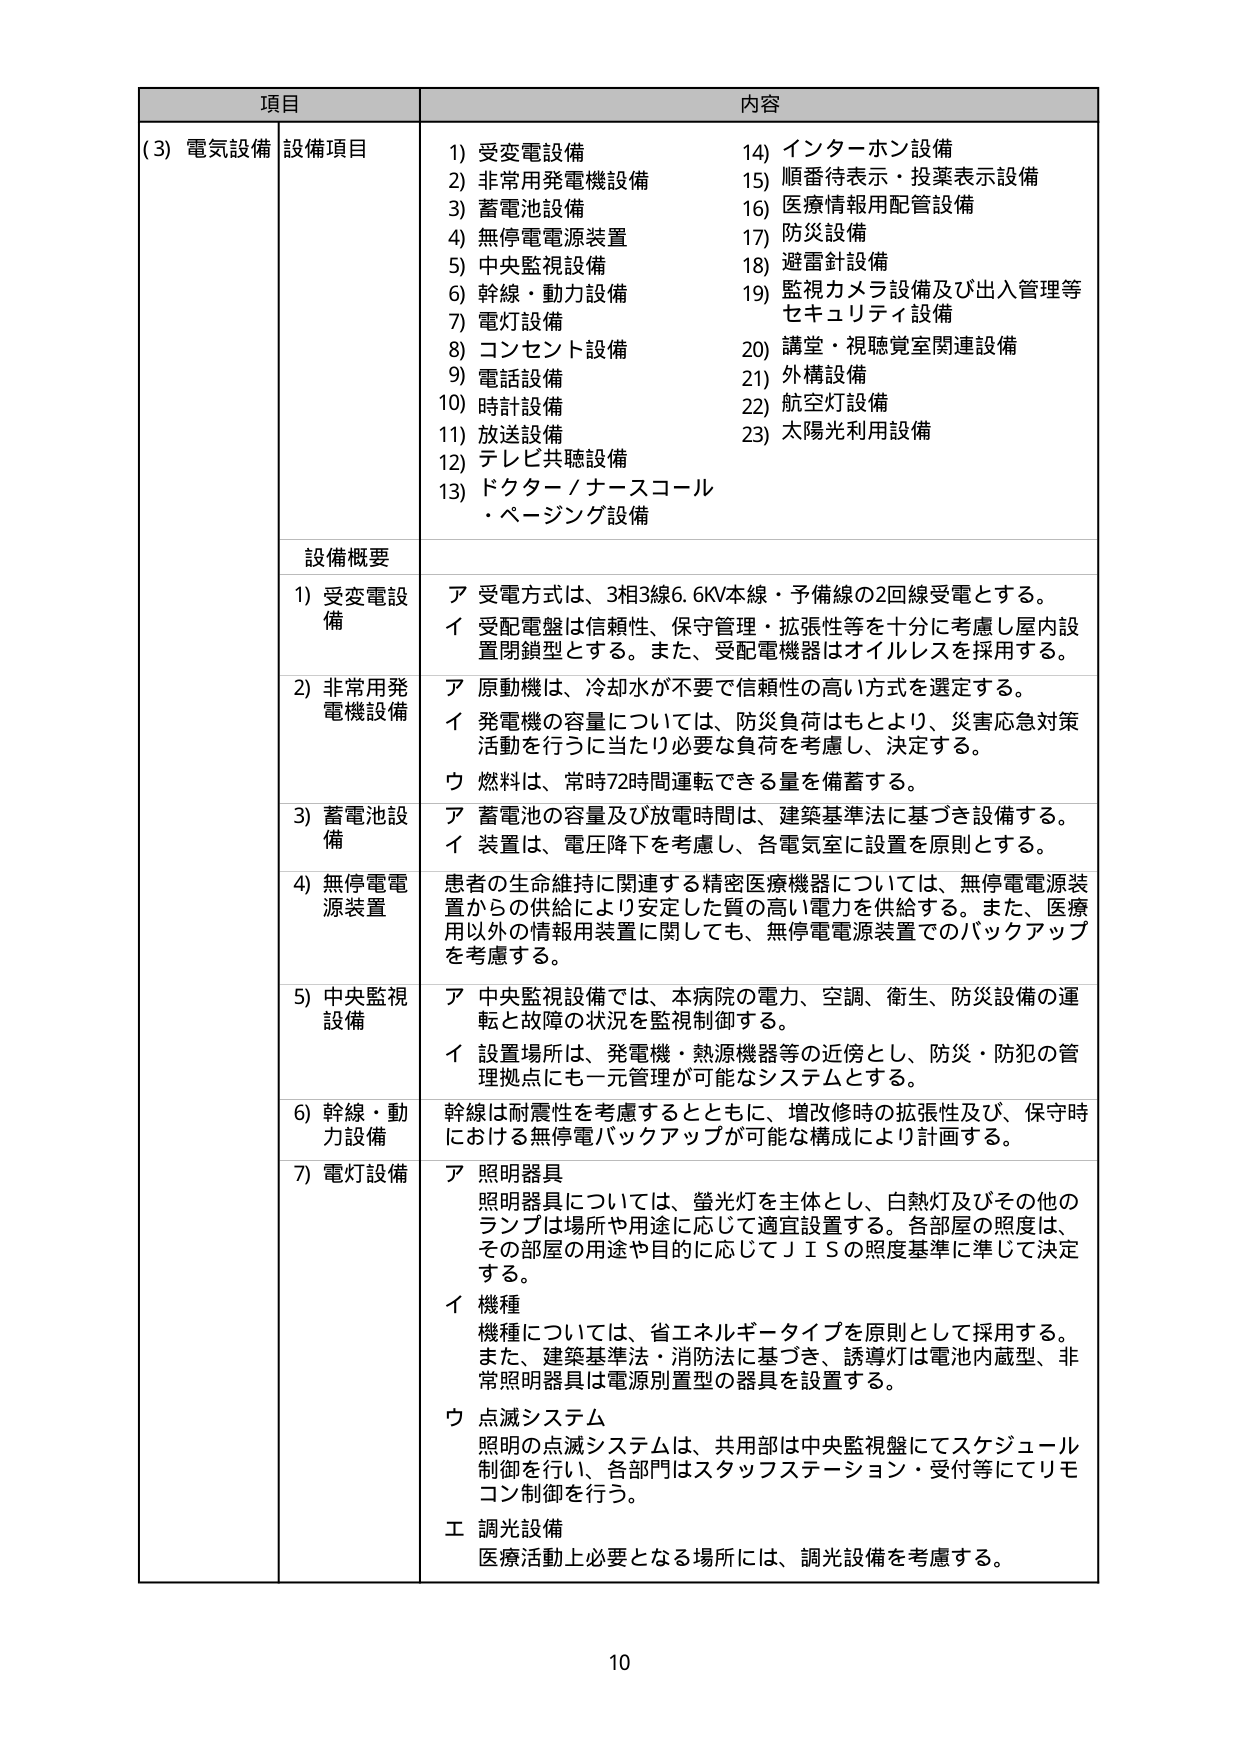
項目 内容
(3) 電気設備 設備項目
1) 受変電設備 14) インターホン設備
2) 非常用発電機設備 15) 順番待表示・投薬表示設備
3) 蓄電池設備 16) 医療情報用配管設備
4) 無停電電源装置 17) 防災設備
5) 中央監視設備 18) 避雷針設備
6) 幹線・動力設備 19) 監視カメラ設備及び出入管理等
7) 電灯設備 セキュリティ設備
8) コンセント設備 20) 講堂・視聴覚室関連設備
9) 電話設備 21) 外構設備
10) 時計設備 22) 航空灯設備
11) 放送設備 23) 太陽光利用設備
12) テレビ共聴設備
13) ドクターノースコール
・ページング設備
設備概要
1) 受変電設備 ア 受電方式は、3相3線6.6KV本線・予備線の2回線受電とする。
イ 受配電盤は信頼性、保守管理・拡張性等を十分に考慮し屋内設
置閉鎖型とする。また、受配電機器はオイルレスを採用する。
2) 非常用発電機設備 ア 原動機は、冷却水が不要で信頼性の高い方式を選定する。
イ 発電機の容量については、防災負荷はもとより、災害応急対策
活動を行うに当たり必要な負荷を考慮し、決定する。
ウ 燃料は、常時72時間運転できる量を備蓄する。
3) 蓄電池設備 ア 蓄電池の容量及び放電時間は、建築基準法に基づき設備する。
イ 装置は、電圧降下を考慮し、各電気室に設置を原則とする。
4) 無停電電源装置 患者の生命維持に関連する精密医療機器については、無停電電源装
置からの供給により安定した質の高い電力を供給する。また、医療
用以外の情報用装置に関しても、無停電電源装置でのバックアップ
を考慮する。
5) 中央監視設備 ア 中央監視設備では、本病院の電力、空調、衛生、防災設備の運
転と故障の状況を監視制御する。
イ 設置場所は、発電機・熱源機器等の近傍とし、防災・防犯の管
理拠点にも一元管理が可能なシステムとする。
6) 幹線・動力設備 幹線は耐震性を考慮するとともに、増改修時の拡張性及び、保守時
における無停電バックアップが可能な構成により計画する。
7) 電灯設備 ア 照明器具
照明器具については、蛍光灯を主体とし、白熱灯及びその他の
ランプは場所や用途に応じて適宜設置する。各部屋の照度は、
その部屋の用途や目的に応じてＪＩＳの照度基準に準じて決定
する。
イ 機種
機種については、省エネルギーータイプを原則として採用する。
また、建築基準法・消防法に基づき、誘導灯は電池内蔵型、非
常照明器具は電源別置型の器具を設置する。
ウ 点滅システム
照明の点滅システムは、共用部は中央監視盤にてスケジュール
制御を行い、各部門はスタッフステーション・受付等にてリモ
コン制御を行う。
工 調光設備
医療活動上必要となる場所には、調光設備を考慮する。
10